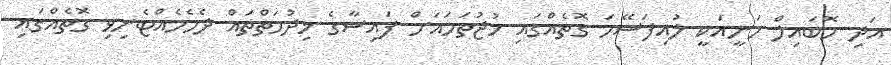
އަދި މޮބައިލް މަނީއަކީ ލުއިފަސޭހަ ގޮތެއްގައި މުޖުތަމައަށް ފައިސާގެ ޚިދުމަތްތައް ދެމެހެއްޓެނިވި ގޮތެއްގައި